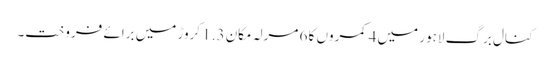
کنال برگ لاہور میں 4 کمروں کا 6 مرلہ مکان 1.3 کروڑ میں برائے فروخت۔